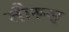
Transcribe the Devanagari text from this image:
तौरूस्